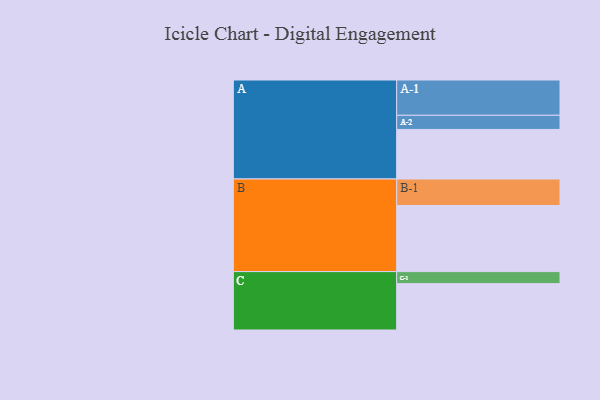
{"axis": {"x": "Segment", "y": "Value"}, "legend": ["", "A", "B", "C"], "data": [{"x": "A", "y": 420, "type": ""}, {"x": "B", "y": 560, "type": ""}, {"x": "C", "y": 393, "type": ""}, {"x": "A-1", "y": 299, "type": "A"}, {"x": "A-2", "y": 120, "type": "A"}, {"x": "B-1", "y": 225, "type": "B"}, {"x": "C-1", "y": 102, "type": "C"}]}